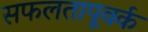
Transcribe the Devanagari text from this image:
सफलतापूवर्क